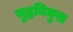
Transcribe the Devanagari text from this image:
युद्धविमुख